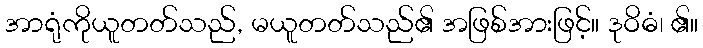
အာရုံကိုယူတတ်သည်, မယူတတ်သည်၏ အဖြစ်အားဖြင့်။ ဒုဝိဓံ၊ ၏။